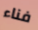
فناء